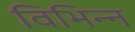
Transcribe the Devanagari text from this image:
विभिन्न